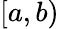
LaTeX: [a,b)